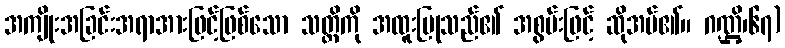
အကျိုးအခြင်းအရာအားဖြင့်ဖြစ်သော သတ္တိကို အထူးပြုသည်၏ အစွမ်းဖြင့် ဆိုအပ်၏။ ဂဏ္ဌိ၊၆၇)